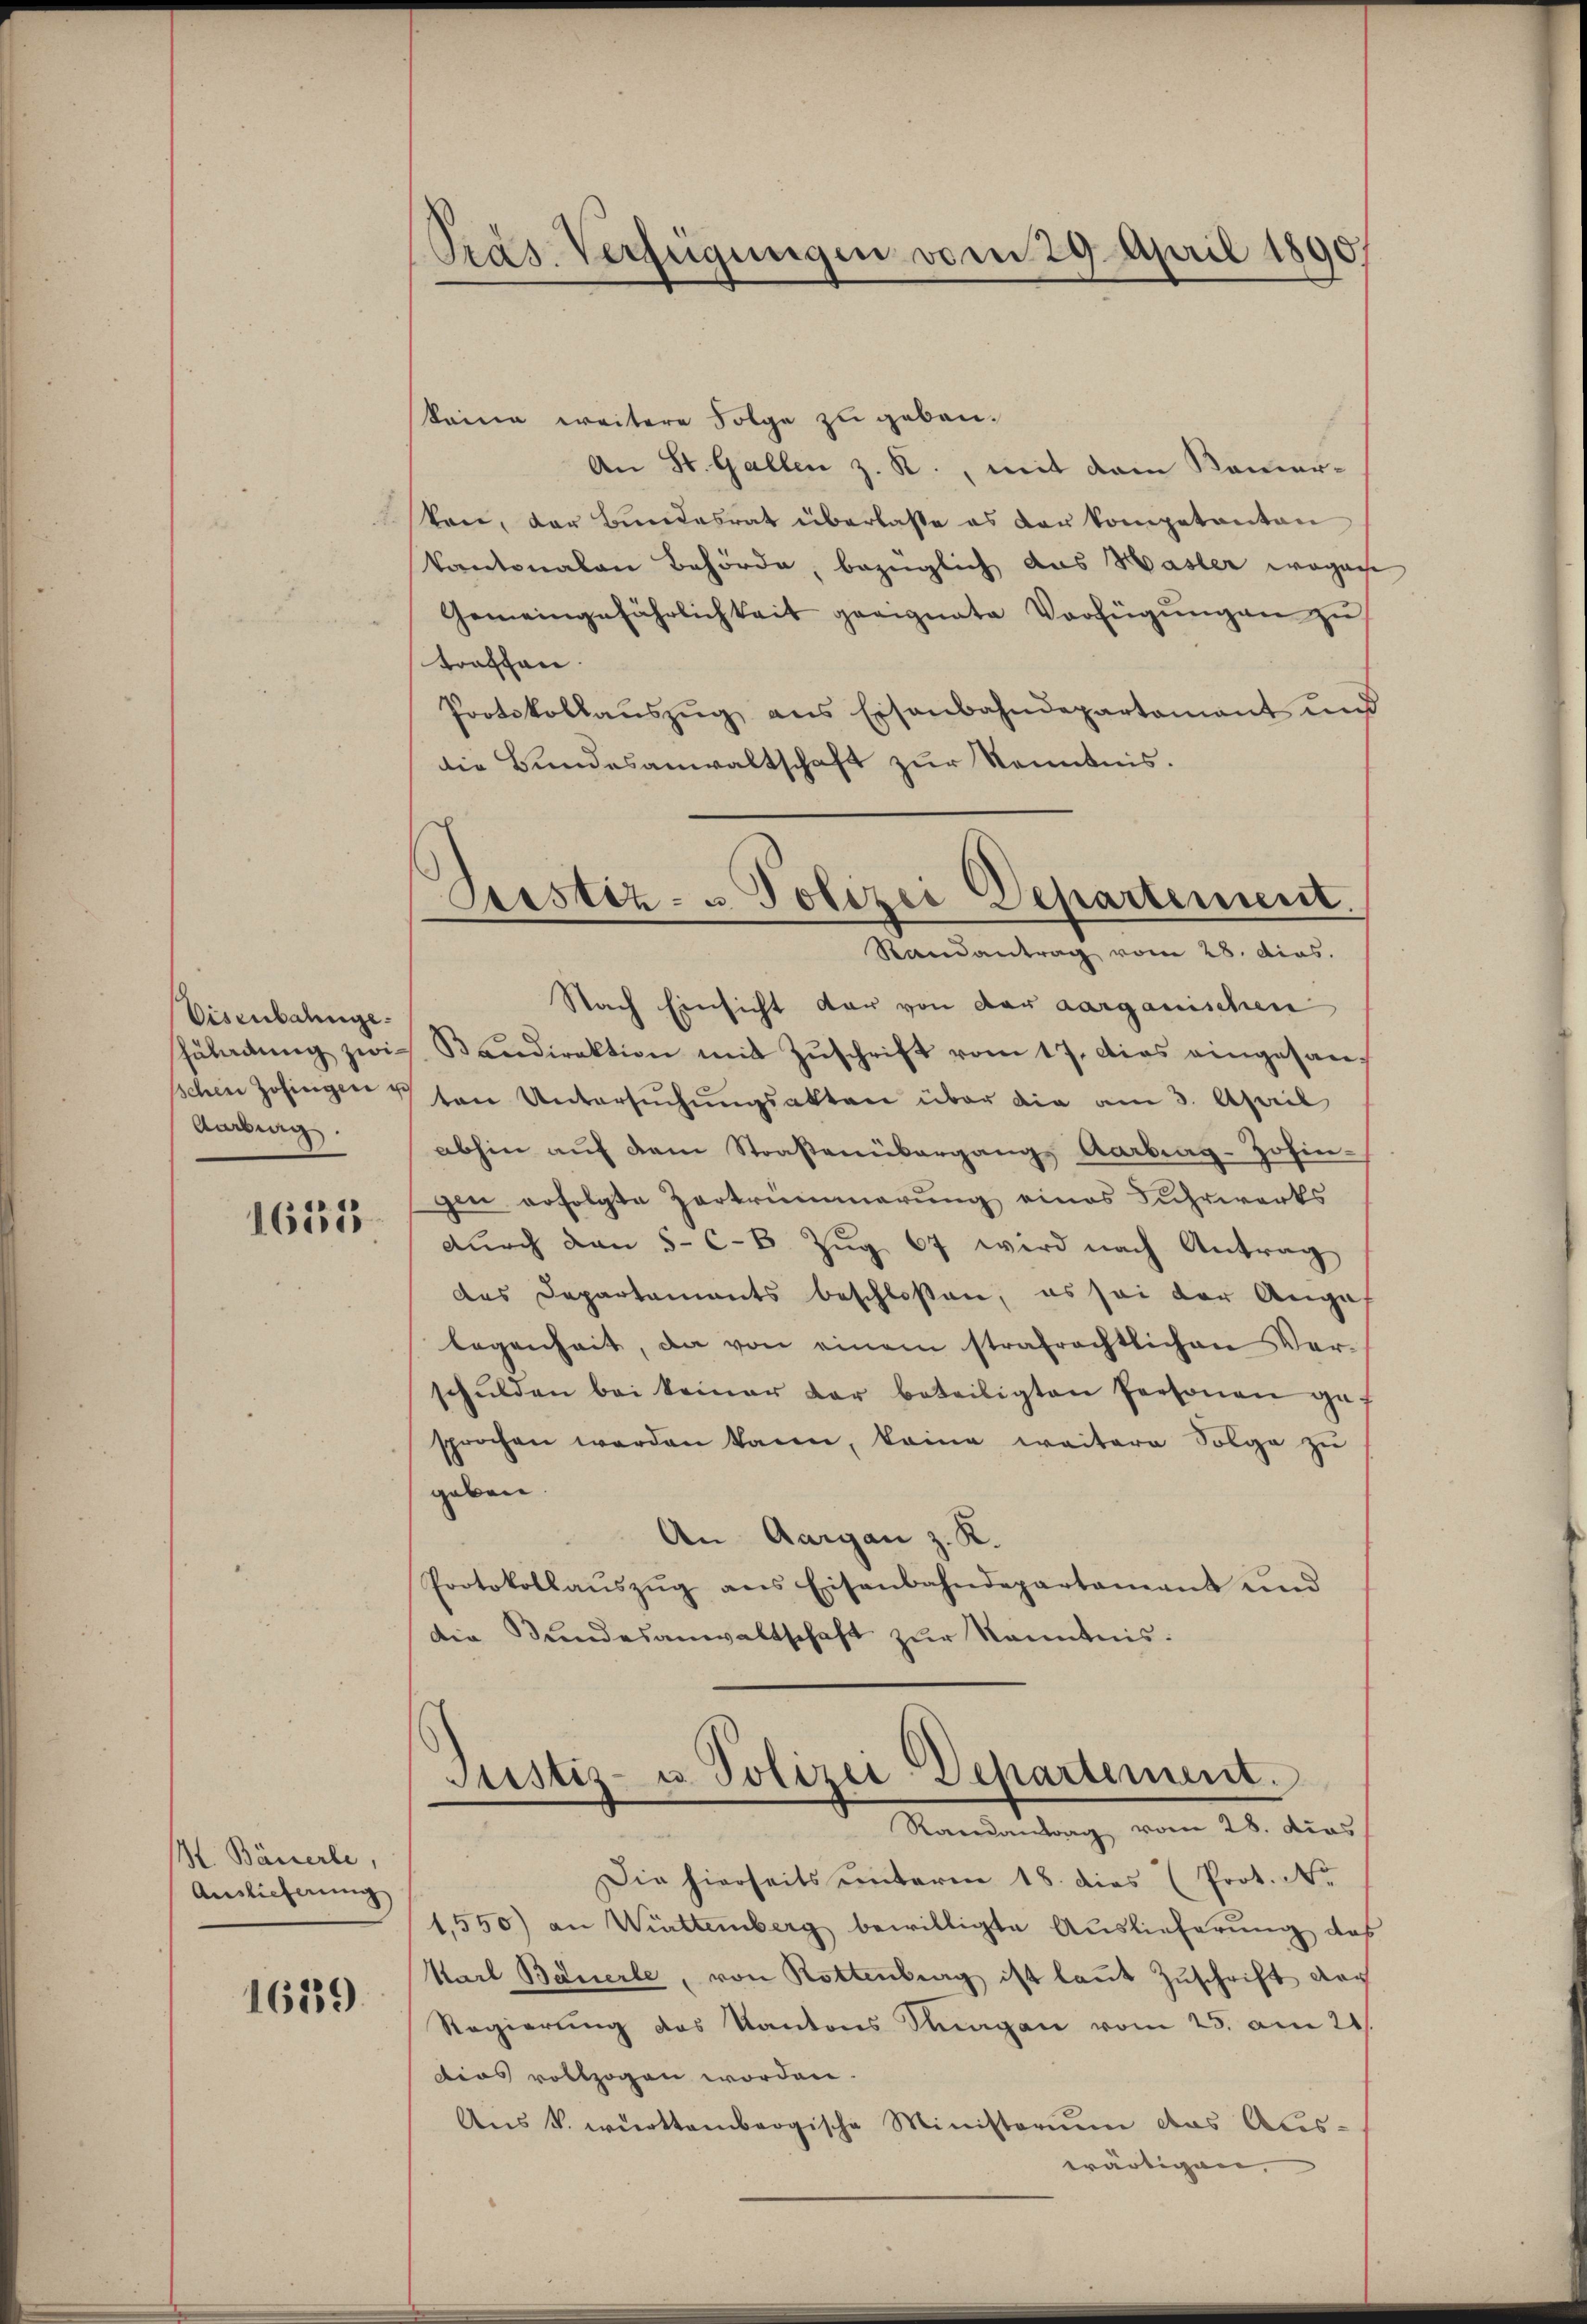
Eisenbahnge
Aarburg.

1651

M. Bäuerle,
Auslieferung
1639

Pras Verfügungen vom 29. April 1890

keine weitere Folge zu geben.
An St. Gallen z. R., mit dem Kamersten, der Bundesrat überlasse es der kompetanton
kantonalen Behörde, bezüglich das Hasler wegenhe
Gemeingefährlichkeit geeignete Verfügungen zu
trachen.
Protokollaŭszŭg ans Eisenbahndepartamant und
die Bundesanwaltschaft zur Kenntnis.
Nach Einsicht dar von der aarganischen
Fäladŭng zwis. Bandirektion mit Zŭschrift vom 17. dies eingesan-
sichen Zofingen u von Untersŭchŭngsakten über die am 3. April
abhin auf dem Straßenübergang Aarbiag-Zofin-
gen erfolgte Zertrümmerung eines Fuhrwerks
dŭrch den 5. C. Zŭg 67 wird nach Antrag
das Departements beschloßen, es sei der Anges
legenheit, da von einem strafrechtlichen Ver-
schŭlden bei keiner dar beteiligten Personen gef
sprochen werden kann, keine weitere Folge zu
geben.
An Aargau z. K.
Protokollaŭszŭg ans Eisenbahndepartament und
die Bundesanwaltschaft zur Kenntnis.

Prestiz- u Polizei Departement.
Randantrag vom 28. dies.

Justiz- u. Polizei Departement.
Randantag vom 28. dies

Die hierseits unterm 18. dies Prot. N.
1,550) an Wittemberg bewilligte Auslieferung das
Karl Bäuerle, von Rottenberg ist laut Zŭschrift nach
Regierung des Kantons Sagan vom 25. am 21.
dias vollzogen worden.
Aŭs k. württembergische Ministerium das Aus-
wärtigen,